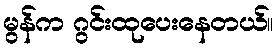
မွန်က ဂွင်းထုပေးနေတယ်။